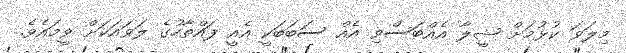
މިލަވަ ކުޅުމަށް ޝީލާ އެއްބަސްވި އެއް ސަބަބަކީ އެއީ ފައްތާހުގެ ލަވައަކަށް ވީމައެވެ.